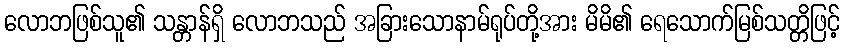
လောဘဖြစ်သူ၏ သန္တာန်ရှိ လောဘသည် အခြားသောနာမ်ရုပ်တို့အား မိမိ၏ ရေသောက်မြစ်သတ္တိဖြင့်